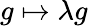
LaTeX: g\mapsto\lambda g